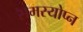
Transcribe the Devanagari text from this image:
समस्योप्न